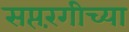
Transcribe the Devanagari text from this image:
सप्तरंगीच्या